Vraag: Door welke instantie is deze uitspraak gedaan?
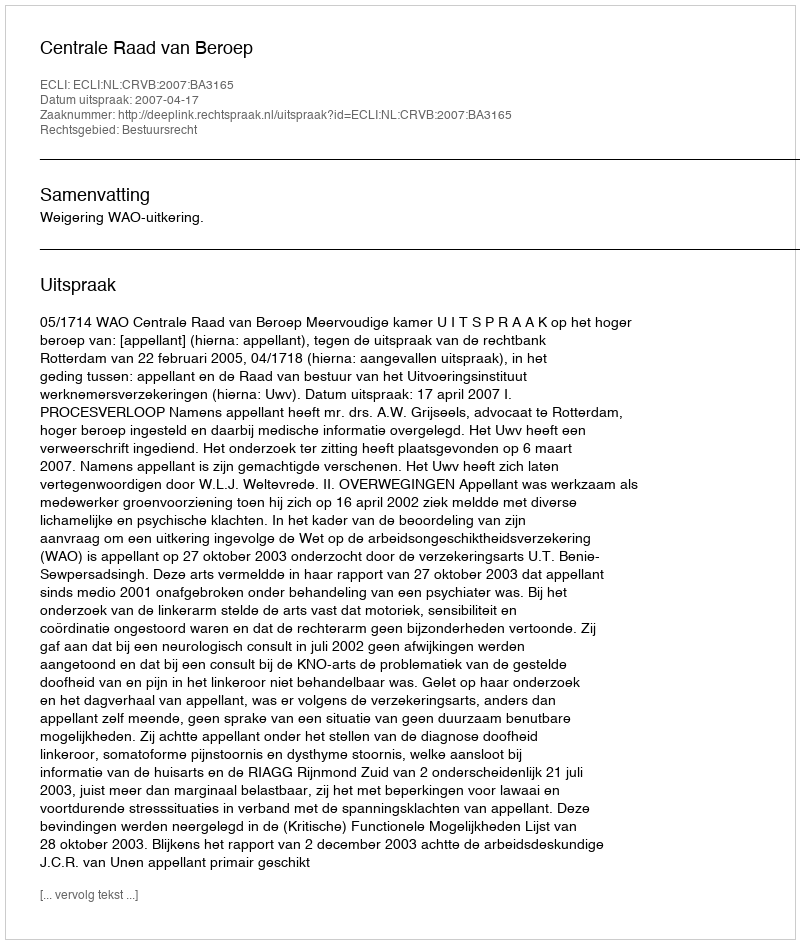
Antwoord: Centrale Raad van Beroep